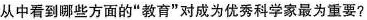
从中看到哪些方面的”教育”对成为优秀科学家最为重要?